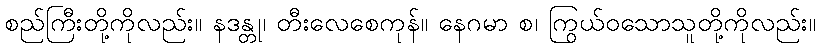
စည်ကြီးတို့ကိုလည်း။ နဒန္တု၊ တီးလေစေကုန်။ နေဂမာ စ၊ ကြွယ်ဝသောသူတို့ကိုလည်း။